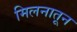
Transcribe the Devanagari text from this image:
मिलनातून